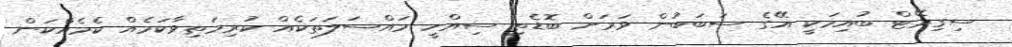
ސިގިރޭޓް ބުއިމަކީ އޭގެ ސަބަބުން ވަރަށް ބޮޑެތި ސިއްހީ މައްސަލަތަކެއް ކުރިމަތިވާކަމެއް ކެމެއްކަން